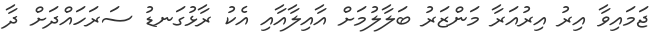
ޖަމައިވާ އިރު އިރުއަރާ މަންޒަރު ބަލާލުމަށް އާއިލާއާއި އެކު ރާޅުގަނޑު ސަރަހައްދަށް ދާ